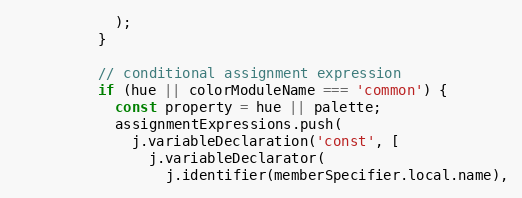
Language: JavaScript
            );
          }

          // conditional assignment expression
          if (hue || colorModuleName === 'common') {
            const property = hue || palette;
            assignmentExpressions.push(
              j.variableDeclaration('const', [
                j.variableDeclarator(
                  j.identifier(memberSpecifier.local.name),